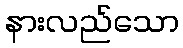
နားလည်သော